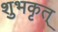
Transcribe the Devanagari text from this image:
शुभकृत्